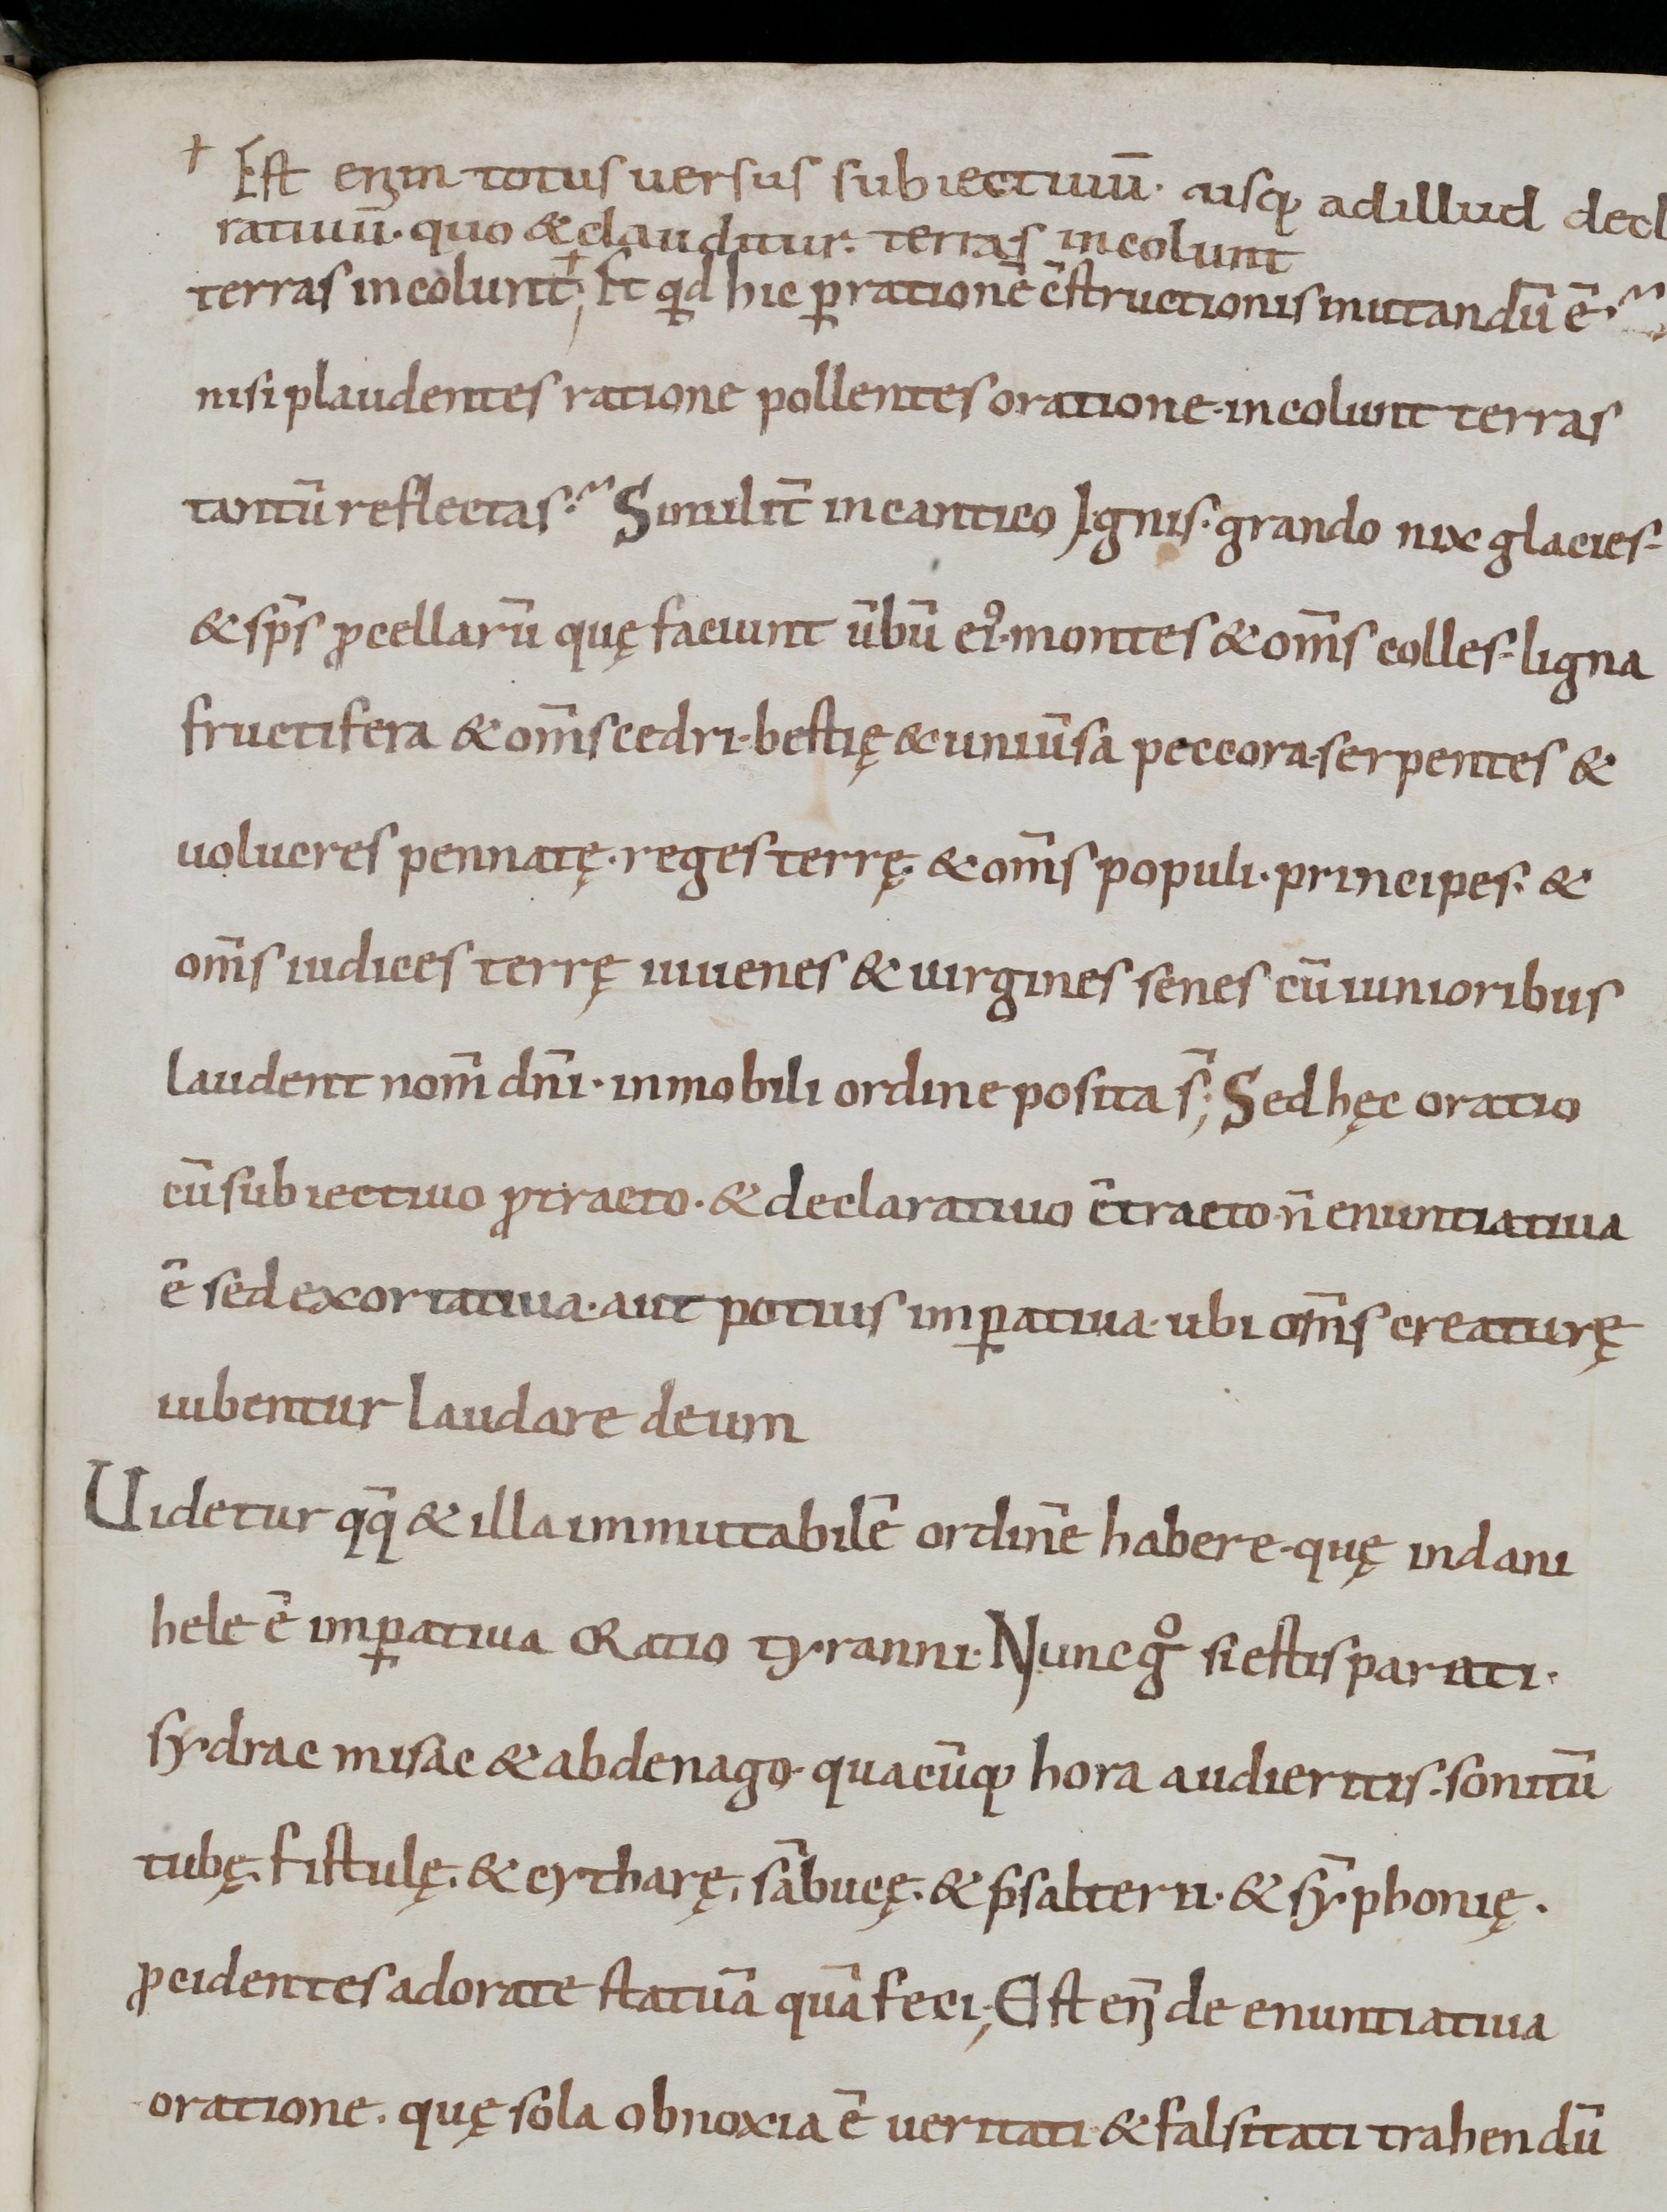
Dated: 800–999